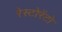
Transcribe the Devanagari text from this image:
रेस्टोरेंटो